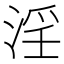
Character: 淫